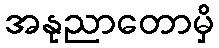
အနုညာတောမှိ